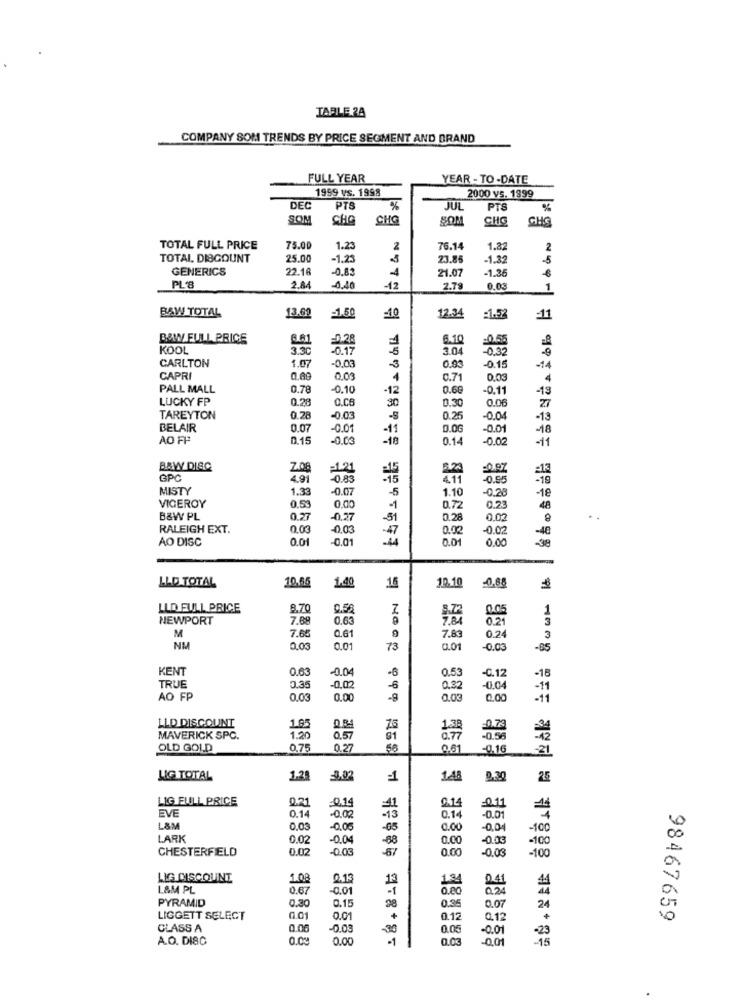
TABLE 2A
COMPANY SOM TRENDS BY PRICE SEGMENT AND BRAND
FULL YEAR
YEAR - TO-DATE
1959 vs. 1998
2000 vs. 1999
DEC
PTS
%
JUL
PTS
SOM
CHO
CHO
SON
CHG
GHG
TOTAL FULL PRICE
75.00
1.23
2
76.14
1.82
2
TOTAL, DISCOUNT
25.00
-1.23
23.8
-1.32
-5
GENERICS
22.18
4
21.07
-1.36
€
PL 8
2.84
4.40
-12
2.79
0.03
BAW TOTAL
13.60
-1.50
12.34
-10
1.52
=11
BOW FULL PRICE
6.10
0.55
KOOL
3.30
-0.17
3.04
-0.32
CARLTON
107
-0.03
-3
0.93
-0.15
-14
CAPRI
0.89
0.03
4
0.71
0,03
PALL MALL
0.78
-0.10
-12
0.60
-0.11
-13
LUCKY FP
0.28
Q.CB
0.30
0.06
30
27
TAREYTON
0.28
-0.03
0.2
-0.04
-13
BELAIR
0.07
-0.01
-11
0.06
-0.01
-18
AO FP
0.15
-0.03
-18
0.14
0.02
-11
B&W DISC
Z.08
223
GPC
4.91
-0.83
4.11
-0.95
MISTY
1.33
-0.07
-5
1.10
-18
VICEROY
0,5
0.00
-0.28
1
0.72
0.23
48
B&W PL
0.27
-0.27
-51
0.28
0.02
RALEIGH EXT.
0.03
-0,03
0.02
-0.02
AO DISC
0.01
-0.01
0.01
0.00
LLD TOTAL
10,65
1.40
10.10
-0.65
LLD FULL PRICE
8.70
0.58
Z
1
NEWPORT
7.88
0.63
0.05
7.60
0.61
9
0.21
M
7.83
0.24
3
NM
0.03
0.01
73
0.01
-0.03
-85
KENT
0.63
-0.04
0.53
-C.12
-18
TRUE
0.35
-0,02
-6
0.22
-0,04
AO FP
0.03
0.00
0.0
0.00
LLD DISCOUNT
75
1.38
MAVERICK SPC.
1.20
0.57
01
8.77
-0.58
OLD GOLD
0.75
0.27
50
0.61
0.16
:21
LIG TOTAL
1.28
1
148
25
LIG FULL PRICE
0.21
EVE
-0,14
0.14
0.11
-0.02
0.14
0.01
L&M
0.03
-0.05
-05
0.00
-0,04
-100
LARK
0.02
-0.04
-68
0.00
-0.03
-100
CHESTERFIELD
0.02
-0.03
0.00
-0.03
100
LIG DISCOUNT
1.08
0.13
13
L&M PL
0.67
-0.01
-1
13
PYRAMID
0.30
0.15
98
0.35
0.07
24
LIGGETT SELECT
0.01
0.01
+
0.12
Q 12
98467659
CLASS A
0.06
-0.03
0.05
-0.0
A.O. DISC
0.09
0.00
-1
0.00
0,01